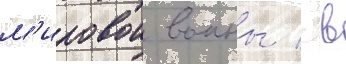
м'ировои воины / в